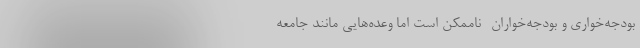
بودجه‌خواری و بودجه‌خواران- ناممکن است اما وعده‌هایی مانند جامعه